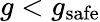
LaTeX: g<g_{\mathrm{safe}}